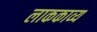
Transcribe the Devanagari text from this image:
लाककाव्य